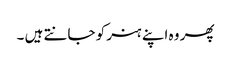
پھر وہ اپنے ہنر کو جانتے ہیں ۔